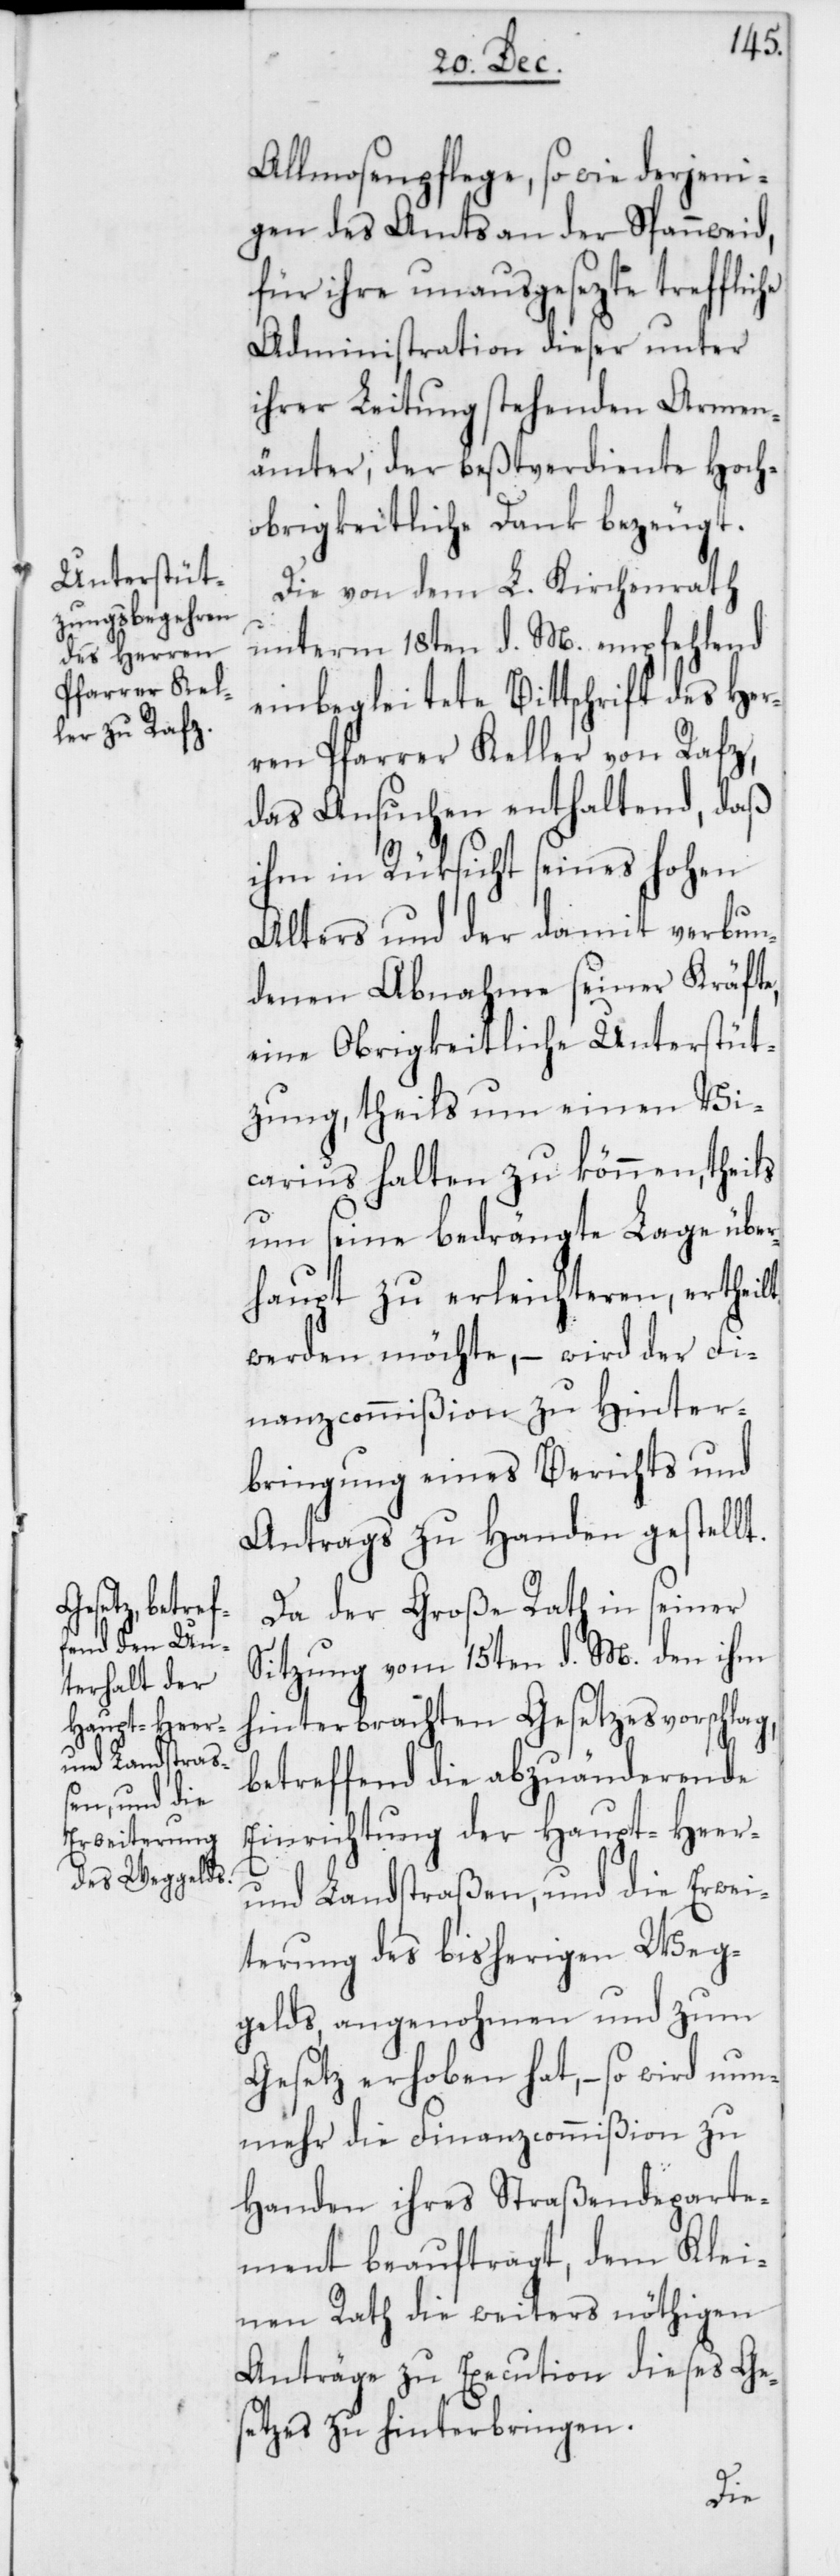
Allmosenpflege, so wie derjeni¬
gen des Amts an der Spannweid,
für ihre unausgesezte treffliche
Administration dieser unter
ihrer Leitung stehenden Armen¬
ämter, der beßtverdiente hoch¬
obrigkeitliche Dank bezeugt.
Die von dem L. Kirchenrath
unterm 18ten d. M. empfehlend
einbegleitete Bittschrift des Her¬
ren Pfarrer Keller von Rafz,
das Ansuchen enthaltend, daß
ihm in Rüksicht seines Hohen
Alters und der damit verbun¬
denen Abnahme seiner Kräfte,
eine Obrigkeitliche Unterstüt¬
zung, theils um einen Vi¬
carius halten zu können, theils
um seine bedrängte Lage über¬
haupt zu erleichteren, ertheilt
werden möchte, – wird der Fi¬
nanzcommißion zu Hinter¬
bringung eines Berichts und
Antrags zu Handen gestellt.
Da der Große Rath in seiner
Sitzung vom 15ten d. M. den ihm
hinterbrachten Gesetzesvorschlag,
betreffend die abzuänderende
Einrichtung der Haupt-[,]
und Landstraßen, und die Erwei¬
terung des bisherigen Weg¬
gelds, angenohmen und zum
Gesetz erhoben hat, – so wird nun¬
mehr die Finanzcommißion zu
Handen ihres Straßendeparte¬
ment beauftragt, dem Klei¬
nen Rath die weiters nöthigen
Anträge zu Execution dieses Ge¬
setzes zu hinterbringen.